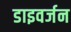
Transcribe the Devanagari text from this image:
डाइवर्जन